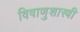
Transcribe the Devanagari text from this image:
विषाणुशास्त्री